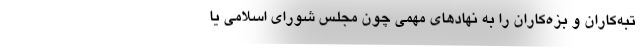
تبه‌کاران و بزه‌کاران را به نهادهای مهمی چون مجلس شورای اسلامی یا